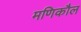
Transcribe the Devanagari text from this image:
मणिकौल